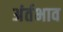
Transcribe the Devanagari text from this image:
अंर्तभाव